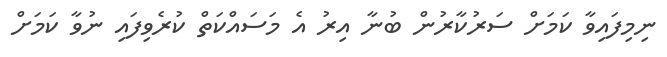
ނިމިފައިވާ ކަމަށް ސަރުކާރުން ބުނާ އިރު އެ މަސައްކަތް ކުރެވިފައި ނުވާ ކަމަށް